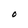
Character: O